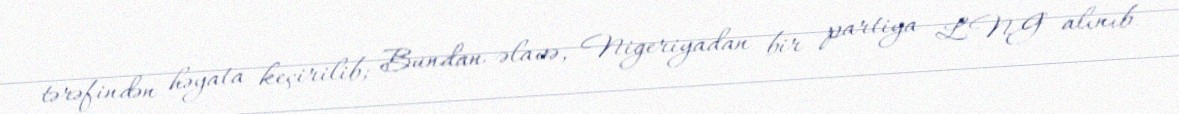
tərəfindən həyata keçirilib; Bundan əlavə, Nigeriyadan bir partiya LNG alınıb.